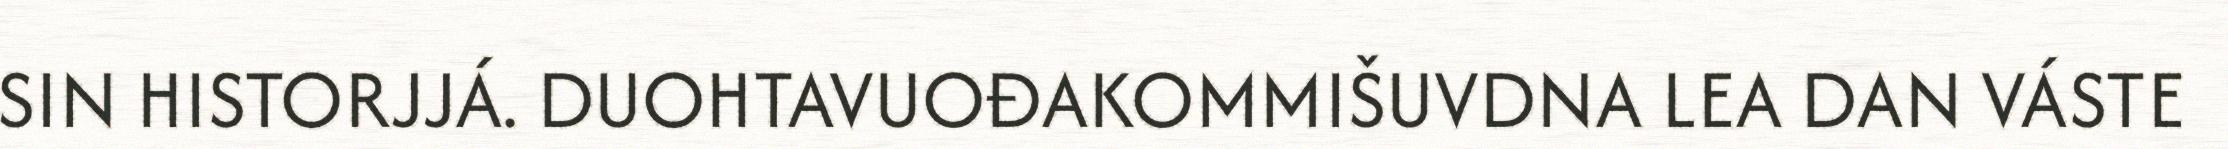
SIN HISTORJJÁ. DUOHTAVUOĐAKOMMIŠUVDNA LEA DAN VÁSTE